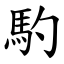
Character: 馰